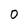
Character: O